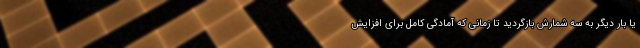
یا بار دیگر به سه شمارش بازگردید تا زمانی که آمادگی کامل برای افزایش